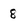
Character: 8